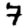
Digit: 7